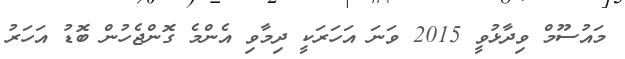
މައުސޫމް ވިދާޅުވީ 2015 ވަނަ އަހަރަކީ ދިމާވި އެންމެ ގޮންޖެހުން ބޮޑު އަހަރު